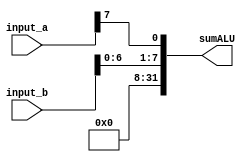
module ALURotateL (
	input [31:0] input_a, input_b,
	
	output [31:0] sumALU,
	);
	
	reg [31:0] results;
	assign sumALU = results;
	
	
	always @(*)
	begin
		// Rotate left
           results = {input_b[6:0],input_a[7]};
	end
	
endmodule